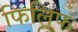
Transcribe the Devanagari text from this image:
फिलिफ